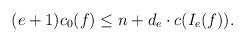
LaTeX: \begin{align*} (e +1)c_0(f) \leq n + d_e \cdot c(I_e(f) ).\end{align*}